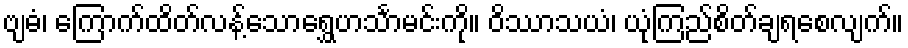
ဗျဓံ၊ ကြောက်ထိတ်လန့်သောရွှေဟင်္သာမင်းကို။ ဝိဿာသယံ၊ ယုံကြည်စိတ်ချရစေလျက်။